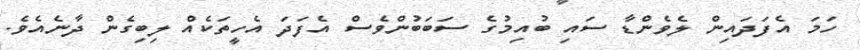
ހަމަ އެފަދައިން ލެވެންޑާ ސައި ބުއިމުގެ ސަބަބުންވެސް އެފަދަ އެހީތަކެއް ލިބިގެން ދާނެއެވެ.